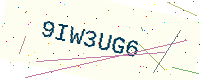
Text: 9IW3UG6